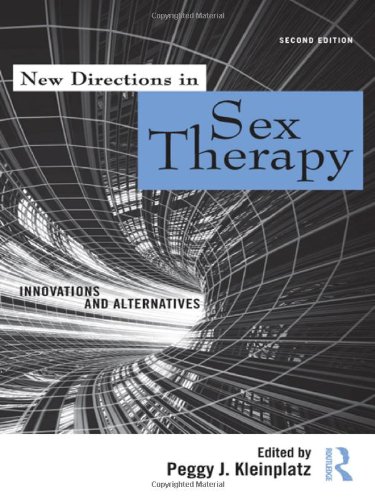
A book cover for New Directions in Sex Therapy: Innovations and Alternatives; Medical Books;